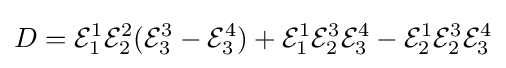
D={\mathcal {E}}_{1}^{1}{\mathcal {E}}_{2}^{2}({\mathcal {E}}_{3}^{3}-{\mathcal {E}}_{3}^{4})+{\mathcal {E}}_{1}^{1}{\mathcal {E}}_{2}^{3}{\mathcal {E}}_{3}^{4}-{\mathcal {E}}_{2}^{1}{\mathcal {E}}_{2}^{3}{\mathcal {E}}_{3}^{4}